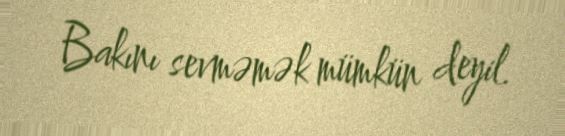
Bakını sevməmək mümkün deyil.